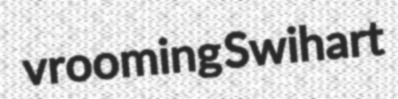
vrooming Swihart